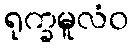
ရုက္ခမူလံဝ